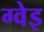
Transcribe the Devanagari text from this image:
ग्वेइ